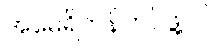
အမေရိကန်တပ်ဖွဲ့ဝင်